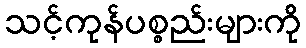
သင့်ကုန်ပစ္စည်းများကို